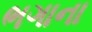
ભગાના